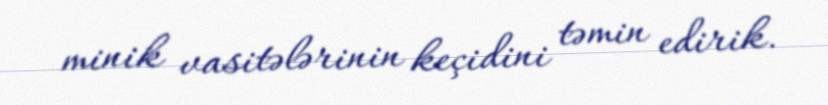
minik vasitələrinin keçidini təmin edirik.